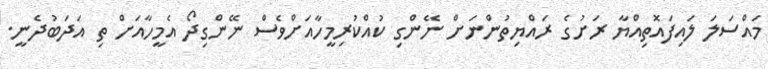
މައްސަލަ ލައިފައޮތިއްޔާ ރަށުގެ ރައްޔިތުންނަށް ނޭންގި ކުއްކުރިމީހާއަށްވެސް ނޭންގިދޯ އެމީހާއަށް ތި އަދަބުދެނީ.